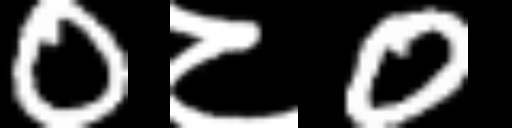
Text: 0८0